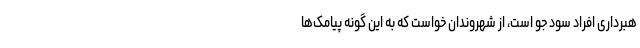
هبرداری افراد سود جو است، از شهروندان خواست که به این گونه پیامک‌ها